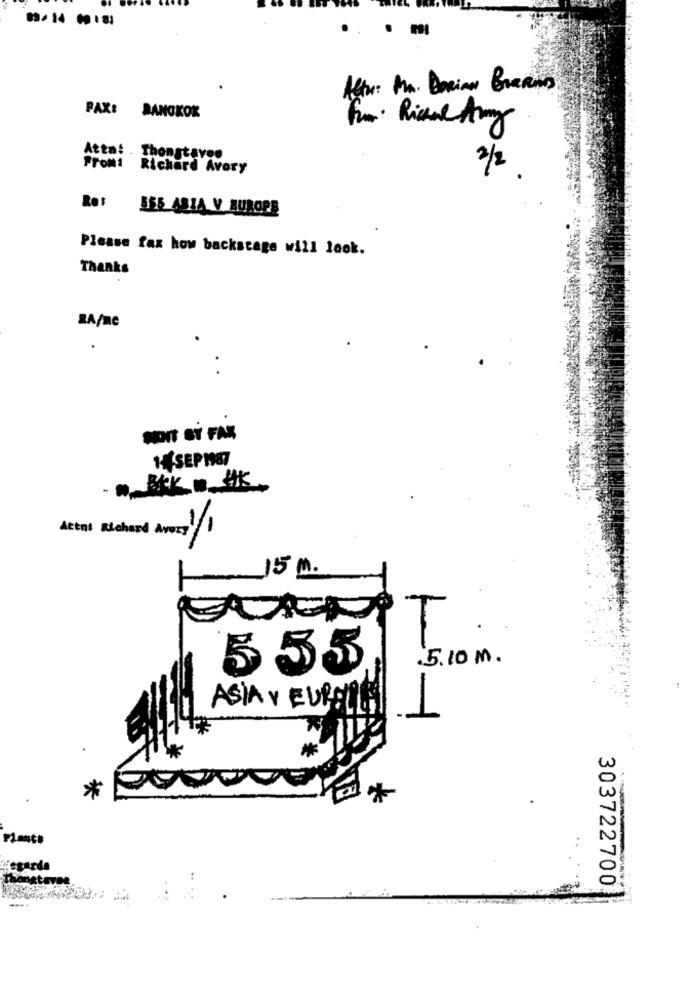
09-14 10 181
FAX: BANGKOK
Fun. Rianne Army
Attn: . Thongtavee
21/2
Promi Richard Avory
Rot
555 ASIA V BUROPE
Please fax how backstage will look.
Thanks
BA/me
1 SEPHET
- MARK .. HK
Attal Richard Avery1
-
T
.5.10 M.
555
ASIA Y EUROIN
1
*
"ctarde
303722700